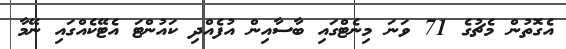
އެގޮތުން މެޗުގެ 71 ވަނަ މިނެޓްގައި ބާސާއިން އުފެއްދި ކައުންޓަ އެޓޭކެއްގައި ނޭމާ